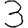
Digit: 3